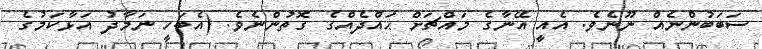
ސަބަބުންނެއް ނޫނެވެ. އެއީ އޭނާގެ މައްޗަށް ޙައްދެއްގެ ގޮތުންނެވެ. (އެބަހީ ނަމާދު އަޅާކަމުގެ